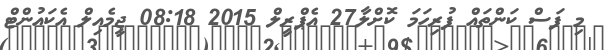
މި ފަސް ކަންތައް ފުރިހަމަ ކޮށްލާ27 އެޕްރީލް 2015 08:18 ޖީމެއިލް އެކައުންޓް